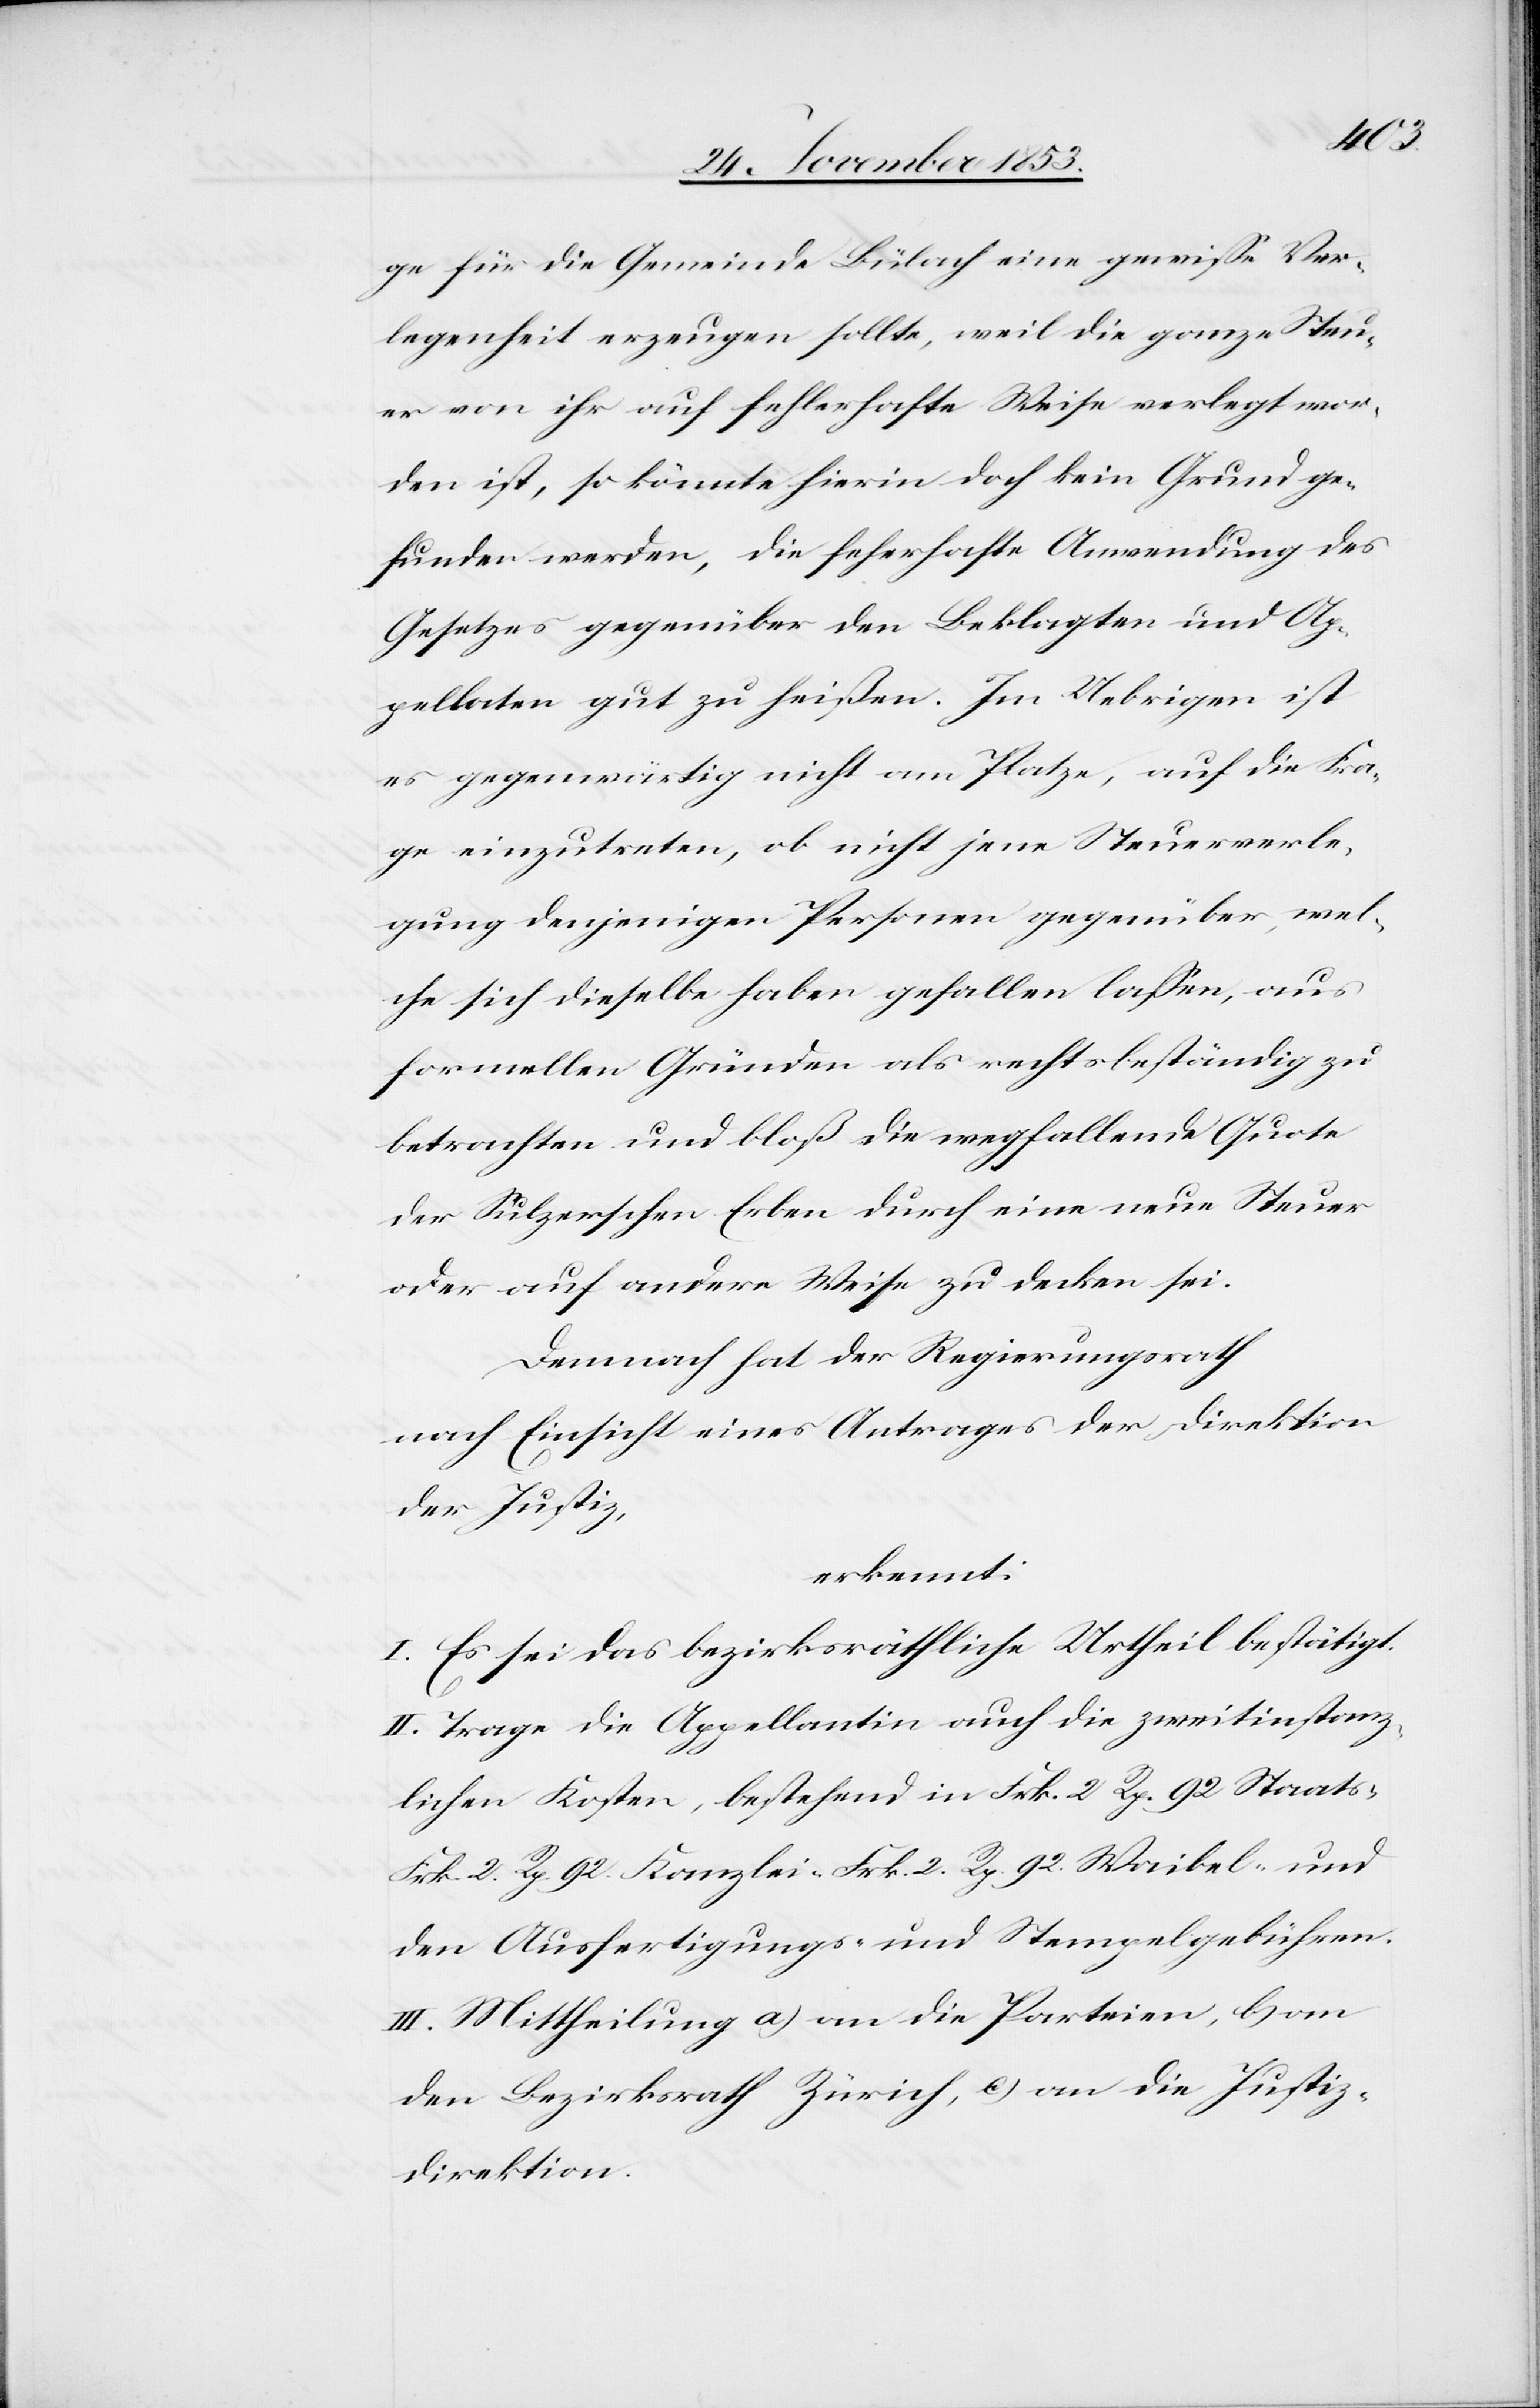
ge für die Gemeinde Bülach eine gewiße Ver¬
legenheit erzeugen sollte, weil die ganze Steu¬
er von ihr auf fehlerhafte Weise verlegt wor¬
den ist, so könnte hierin doch kein Grund ge¬
funden werden, die fehlerhafte Anwendung des
Gesetzes gegenüber den Beklagten und Ap¬
pellaten gut zu heißen. Im Uebrigen ist
es gegenwärtig nicht am Platze, auf die Fra¬
ge einzutreten, ob nicht jene Steuerverle¬
gung denjenigen Personen gegenüber, wel¬
che sich dieselbe haben gefallen laßen, aus
formellen Gründen als rechtsbeständig zu
betrachten und bloß die wegfallende Quote
der Sulzerschen Erben durch eine neue Steuer
oder auf andere Weise zu decken sei.
Demnach hat der Regierungsrath
nach Einsicht eines Antrages der Direktion
der Justiz,
erkennt:
I. Es sei das bezirksräthliche Urtheil bestätigt.
II. Trage die Appellantin auch die zweitinstanz¬
lichen Kosten, bestehend in Frk. 2 Rp. 92 Staats-
Frk. 2 Rp. 92 Kanzlei- Frk. 2 Rp. 92 Waibel- und
den Ausfertigungs- u. Stempelgebühren.
III. Mittheilung a) an die Parteien, b) an
den Bezirksrath Zürich, c) an die Justiz¬
direktion.